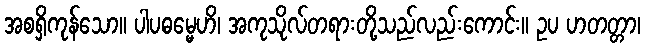
အစရှိကုန်သော။ ပါပဓမ္မေဟိ၊ အကုသိုလ်တရားတို့သည်လည်းကောင်း။ ဥပ ဟတတ္တာ၊